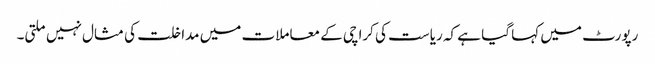
رپورٹ میں کہا گیا ہے کہ ریاست کی کراچی کے معاملات میں مداخلت کی مثال نہیں ملتی۔